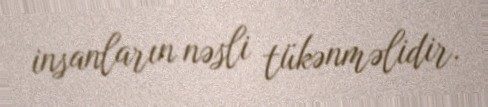
insanların nəsli tükənməlidir.